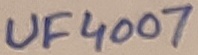
Text: UF4007